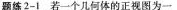
题练2-1 若一个几何体的正视图为一